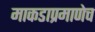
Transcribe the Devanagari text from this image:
माकडाप्रमाणेच